Report of the veterinary officer investigating camel disease
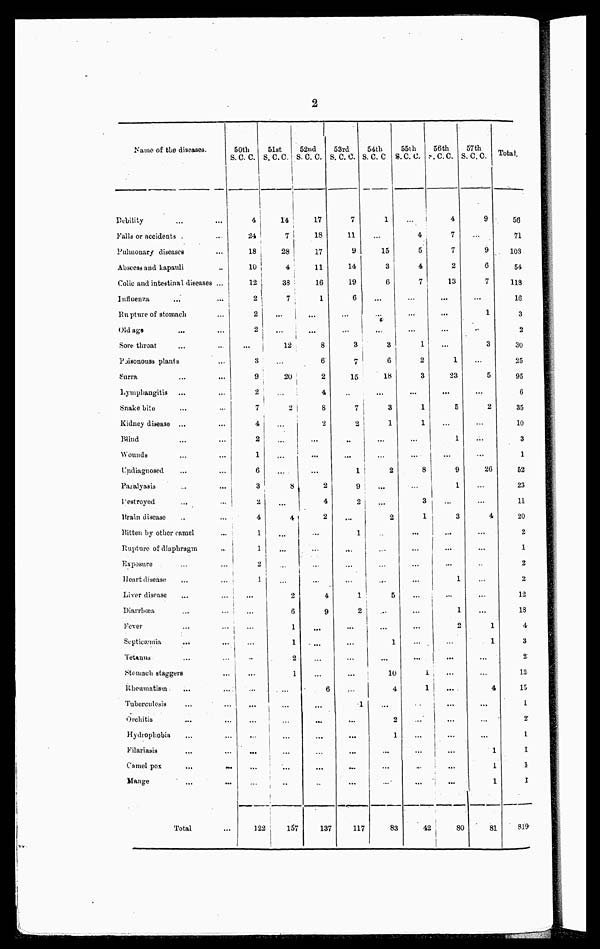
2
Name of the diseases.
Debility
Falls or accidents
Pulmonary diseases
Abscess and kapauli
Colic and intestinal diseases ...
Influenza
Rupture of stomach
Old age
Sore throat
Poisonouss plants
Surra
Lymphangitis
Snake bite
Kidney disease ...
Wind
Wounds
Undiagnosed
Paialyasis
...
...
Destroyed
...
...
Brain disease
..
...
Ritten by other
camel
...
Rupture of diaphragm
...
Exposure
...
...
Heart disease
...
...
Liver disease
...
...
Diarrbœa
Fever
...
...
Septicæmia
...
...
Tetauts
...
...
Stomach staggers
...
Rheumatism
...
...
Tuberculosis
Orchitis
Hydrophobia
Filariasis
Camel pox
...
...
Mange
...
...
Total
50th
S. C. C.
4
24
18
10
12
2
2
2
...
8
9
2
7
4
2
1
6
3
2
4
1
1
2
1
...
...
...
...
...
...
...
...
...
...
...
...
...
122
51st
S.C.C.
14
7
28
4
33
7
...
...
12
...
20
...
2
....
...
1
...
...
8
...
4
...
...
...
...
2
6
1
1
2
1
...
....
...
...
...
...
...
157
52nd
S. C. C.
17
18
17
11
16
1
...
...
8
6
2
4
8
2
...
...
...
2
4
2
...
...
...
...
4
9
...
...
...
...
6
...
...
...
...
...
...
137
53rd
S. C. C.
7
11
9
14
19
6
...
...
3
7
15
...
7
2
...
...
1
9
2
...
1
...
...
...
1
2
...
...
....
...
...
1
...
...
...
...
...
117
54th
S.C.C
1
...
15
3
6
...
...
...
3
6
18
...
3
1
...
...
2
...
...
2
...
...
...
...
5
...
...
1
...
10
4
...
2
1
...
...
...
83
55th
S.S.C
...
4
5
4
7
...
...
...
1
2
3
...
1
1
....
...
8
...
3
1
...
...
...
...
...
...
...
...
...
1
1
...
...
...
...
...
42
56th
S.C.C.
4
7
7
2
13
...
...
...
...
1
23
...
5
...
1
...
9
1
...
3
...
...
...
1
...
1
2
...
...
...
...
...
...
...
...
...
80
57th
S.C.C.
9
...
9
6
7
...
1
...
3
5
...
2
...
...
...
26
...
4
...
...
...
...
...
1
1
...
...
4
...
...
1
1
1
81
Total.
56
71
108
54
118
16
3
2
30
25
95
6
35
10
3
1
52
23
11
20
2
1
2
2
12
18
4
3
2
12
15
1
2
1
1
1
1
819